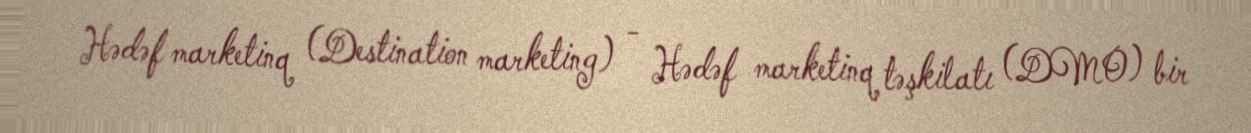
Hədəf marketinq (Destination marketing) - Hədəf marketinq təşkilatı (DMO) bir